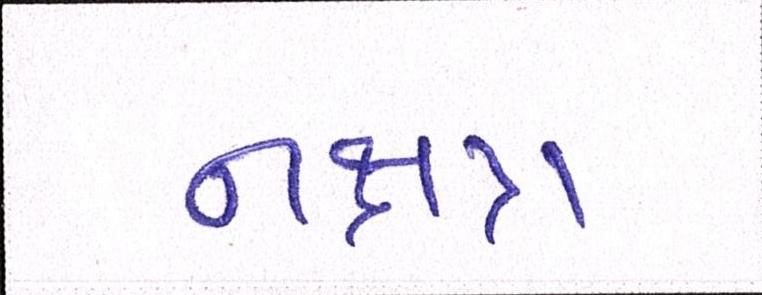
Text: નક્ષત્ર